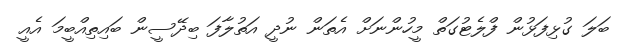
ބަލަ ގުޅިފަޅުން ފްލެޓުގަތް މީހުންނަށް އެތަން ނުދީ އަތުލާފަ ބިދޭސީން ބައިތިއްބީމަ އެއީ